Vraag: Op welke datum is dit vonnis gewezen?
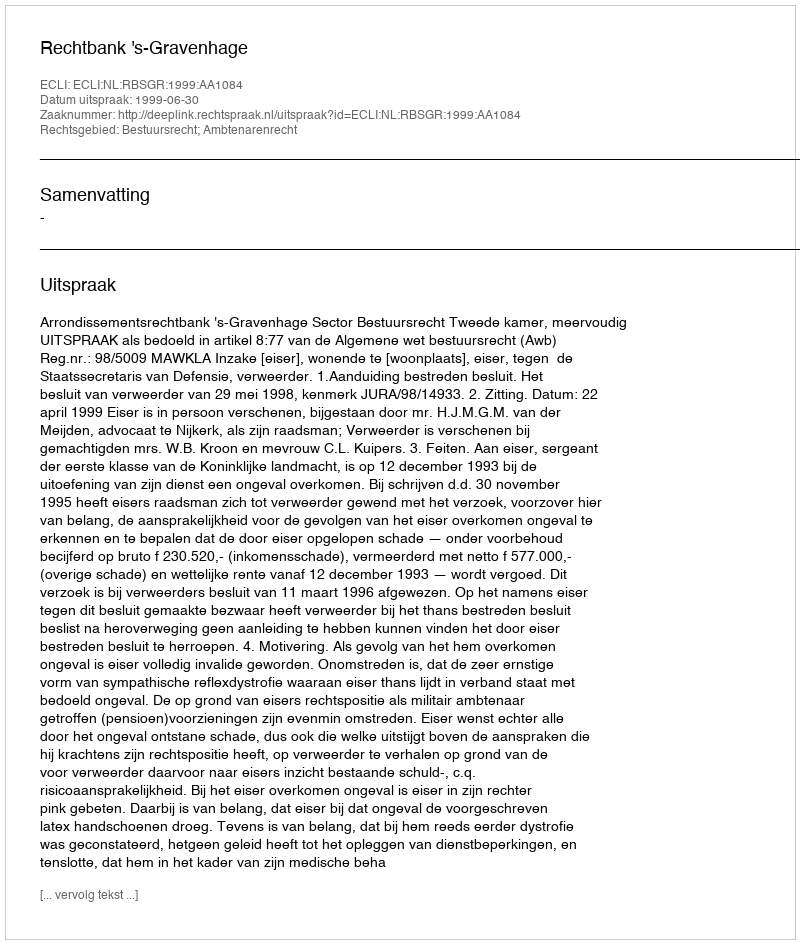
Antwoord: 1999-06-30